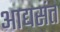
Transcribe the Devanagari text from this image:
आद्यसंत